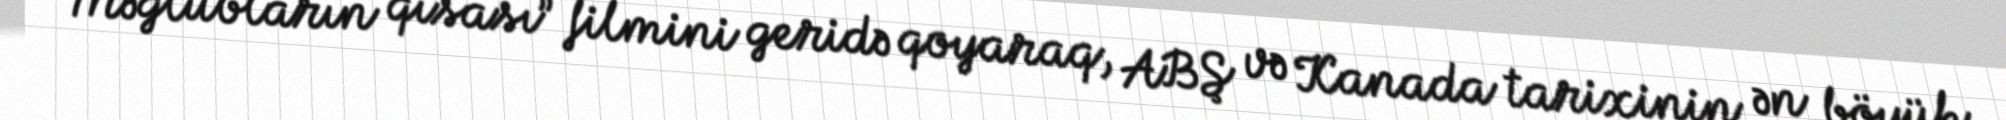
Məğlubların qisası” filmini geridə qoyaraq, ABŞ və Kanada tarixinin ən böyük